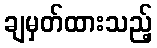
ချမှတ်ထားသည့်